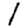
Digit: 1